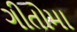
ગીતોમા